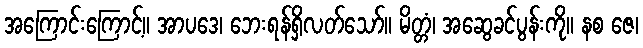
အကြောင်းကြောင့်။ အာပဒေ၊ ဘေးရန်ရှိလတ်သော်။ မိတ္တံ၊ အဆွေခင်ပွန်းကို။ နစ ဇေ၊